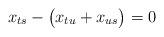
LaTeX: \begin{align*}x_{ts}-\big(x_{tu}+x_{us}\big) = 0\end{align*}